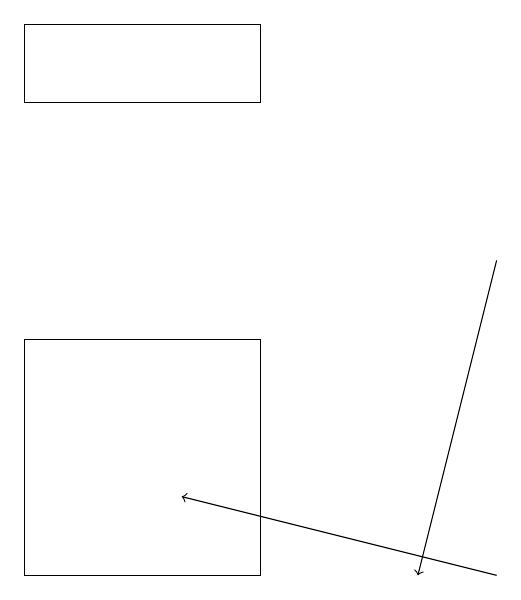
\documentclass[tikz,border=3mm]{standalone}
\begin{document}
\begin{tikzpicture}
\draw[->] (6,16) -- (5,12);
\draw (3,12) rectangle (0,15);
\draw[->] (6,12) -- (2,13);
\draw (0,18) rectangle (3,19);
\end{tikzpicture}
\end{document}